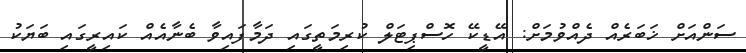
ސަންއަށް ޚަބަރެއް ދެއްވުމަށް: އޭޑީކޭ ހޮސްޕިޓަލް ކުރިމަތީގައި ދަމާފައިވާ ބެނާއެއް ކައިރީގައި ބަޔަކު